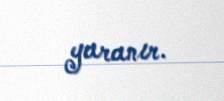
yaranır.